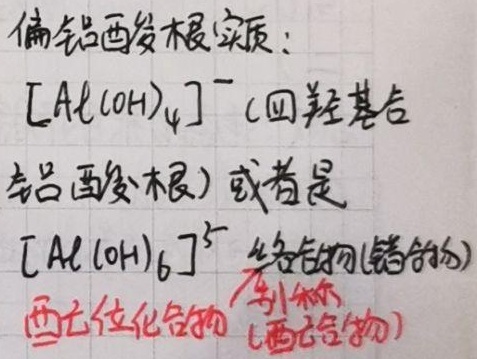
偏铝酸根实质：
\([\mathrm{Al}(\mathrm{OH})_{4}]^{-}\)(四羟基合
铝酸根) 或者是
\([\mathrm{Al}(\mathrm{OH})_{6}]^{3 -}\) 络合物(错合物)
六配位化合物 别称
(六合物)